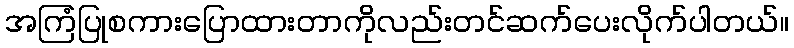
အကြံပြုစကားပြောထားတာကိုလည်းတင်ဆက်ပေးလိုက်ပါတယ်။